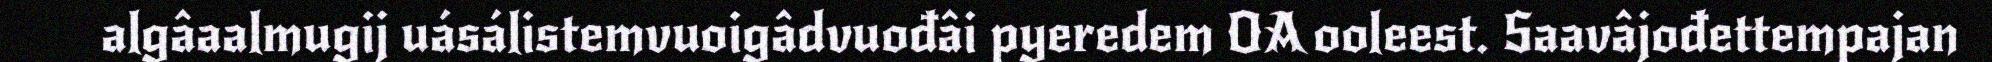
algâaalmugij uásálistemvuoigâdvuođâi pyeredem OA ooleest. Saavâjođettempajan